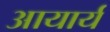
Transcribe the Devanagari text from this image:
आयार्य